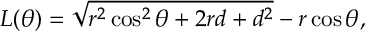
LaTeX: L ( \theta ) = \sqrt { r ^ { 2 } \cos ^ { 2 } \theta + 2 r d + d ^ { 2 } } - r \cos \theta ,